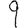
Digit: 9